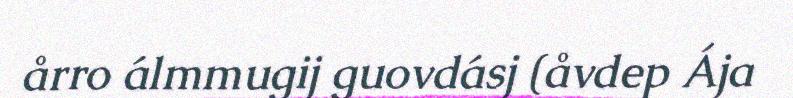
årro álmmugij guovdásj (åvdep Ája